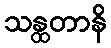
သန္ထတာနိ